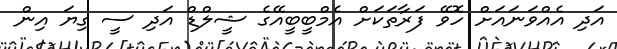
އަދި އެއްވަނައަށް ހޮވޭ ފަރާތަކަށް އެމްބީބީއޭގެ ޝީލްޑް އަދި ސީ ގިޔަ އިން